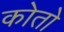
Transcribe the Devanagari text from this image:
कोतो